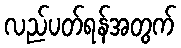
လည်ပတ်ရန်အတွက်